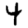
Digit: 4